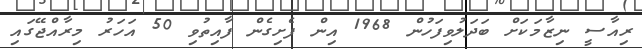
ރިއާސީ ނިޒާމަކަށް ބަދަލުވިފަހުން 1968 އިން ފެށިގެން ފާއިތުވި 50 އަހަރު މިރާއްޖޭގައި